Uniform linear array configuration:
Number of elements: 8
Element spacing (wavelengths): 1
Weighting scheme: hamming
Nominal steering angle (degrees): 45
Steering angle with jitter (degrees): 44.573
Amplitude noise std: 0.05
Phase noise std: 0.05

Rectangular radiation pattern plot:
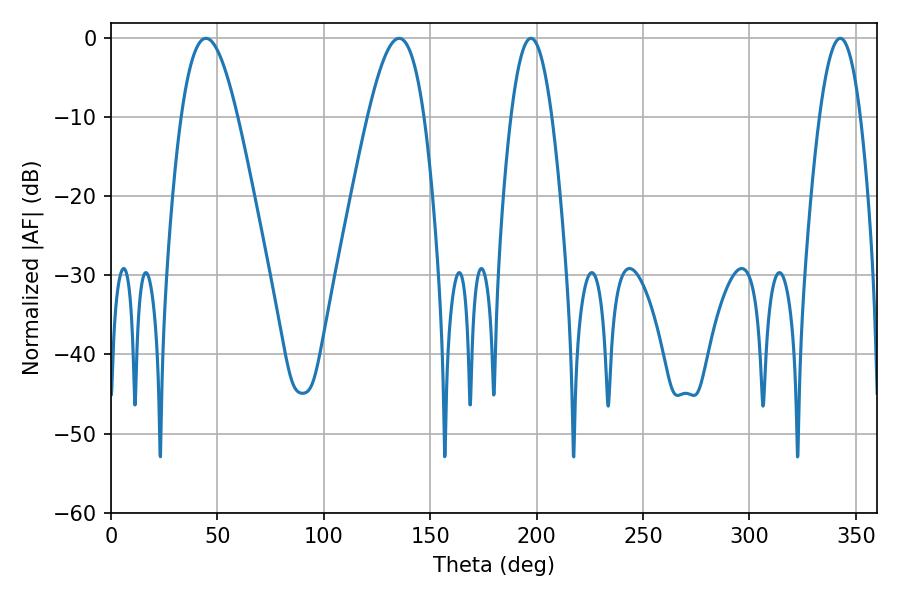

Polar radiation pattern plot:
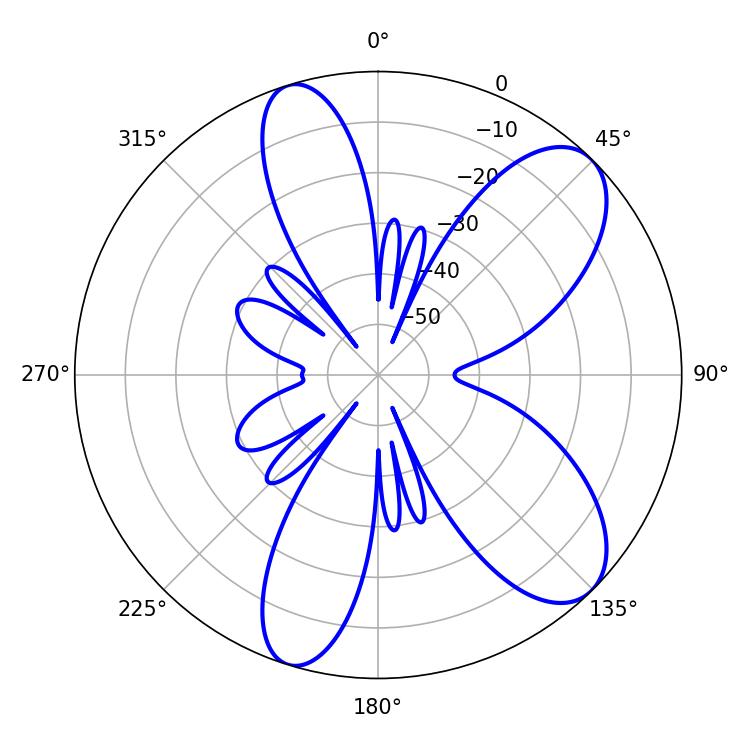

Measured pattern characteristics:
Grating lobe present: TRUE
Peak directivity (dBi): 8.745
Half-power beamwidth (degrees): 14.22
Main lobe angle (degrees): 44.64